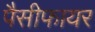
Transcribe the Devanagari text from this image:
पैसीफायर